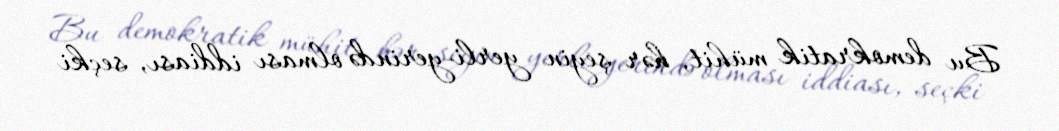
Bu demokratik mühit, hər şeyin yerli-yerində olması iddiası, seçki